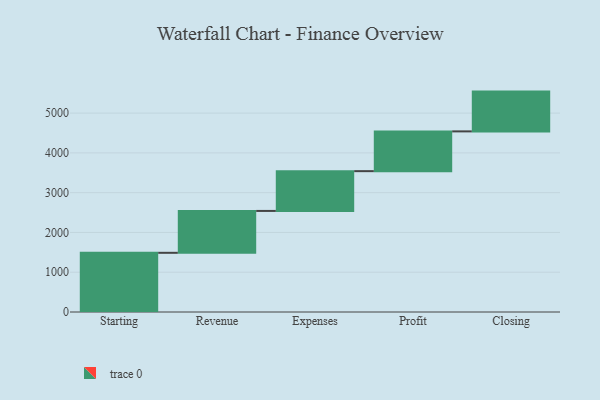
{"axis": {"x": "Step", "y": "Value"}, "legend": [""], "data": [{"x": "Starting", "y": 1488.0, "type": ""}, {"x": "Revenue", "y": 1053.0, "type": ""}, {"x": "Expenses", "y": 1000, "type": ""}, {"x": "Profit", "y": 1000, "type": ""}, {"x": "Closing", "y": 1000, "type": ""}]}